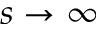
s \rightarrow \infty